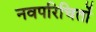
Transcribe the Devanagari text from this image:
नवपरिचितों